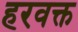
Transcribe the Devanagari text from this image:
हरवक्त